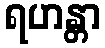
ရဟန္တာ